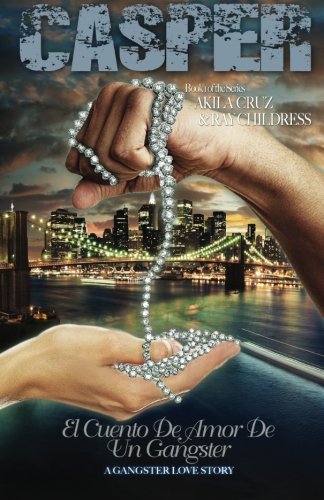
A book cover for Casper: El Cuento DeAmor De Un Gangster  (Volume 1); Ray Childress; Romance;